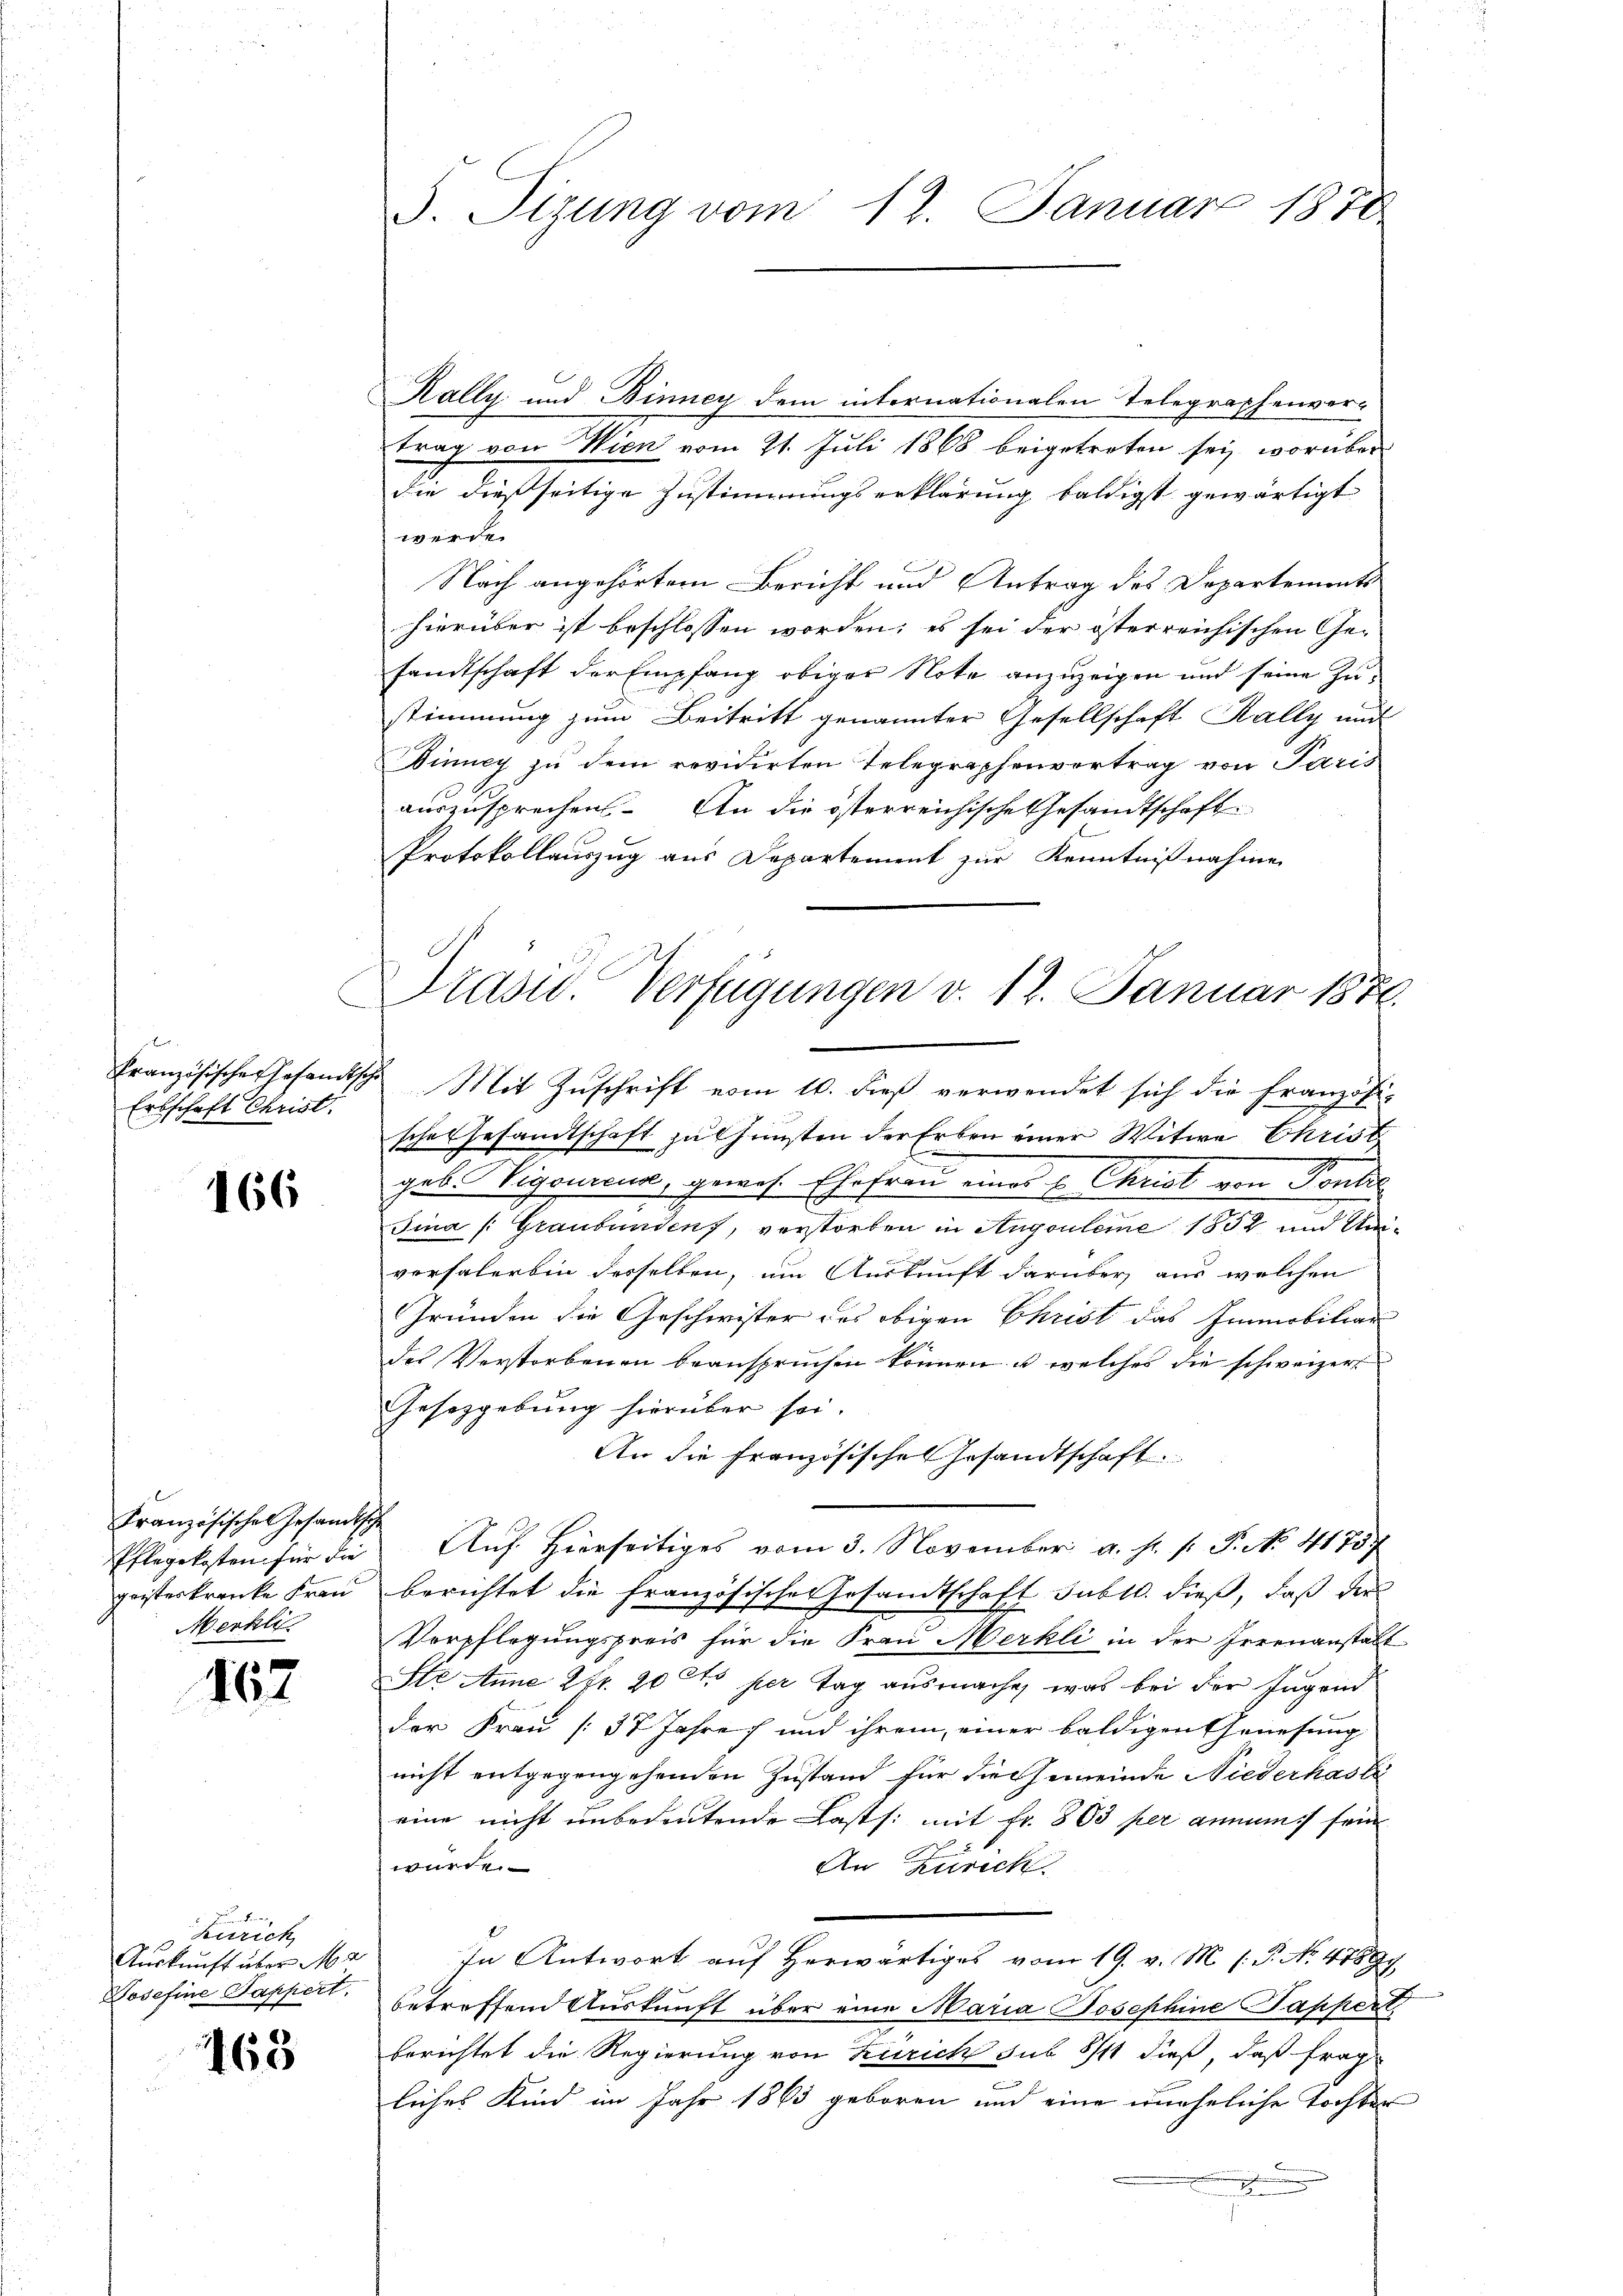
Französische Gesandtsch
Erbschaft Christ.

166

Französischen Gesandtsche
Pflegekosten für die
geisterkranke Frau
Merkli

167

Zürich
Auskunft über Ma
Josefine Pappert.

e
160

Kally und Binney dem internationalen Telegraphenver-
trag von Wien vom 21. Juli 1868 beigetreten sei, worüber
die dießseitige Zustimmungserklärung baldigst gewärtigt
werde.
Nach angehörtem Bericht und Antrag des Departements
hierüber ist beschlossen worden; es sei der österreichischen Gesandtschaft der Empfang obiger Note anzuzeigen und seine Zustimmung zum Beitritt genannter Gesellschaft Kally und
Dinney zu dem revidirten Telegraphenvertrag von Paris
auszusprechen. An die österreichische Gesandtschaft
Protokollauszug aus Departement zur Kenntnißnahme
rasw. Verfügungen v. 12. Januar 1871.

S. Tizung vom 12. Januar 1870

Mit Zuschrift vom 10. dieß verwendet sich die Französi-

schen Gesandtschaft zu Gunsten der Erben einer Witwe Christ
geb. Vigoureur, gewes. Ehefrau eines E. Christ von Pontol
.
Jina (Graubünden, verstorben in Augouleme 1832 und Umversalerbin desselben, um Auskunft darüber aus welchen
Gründen die Geschwister des obigen Christ das Immobiliar
des Verstorbenen beanspruchen können u. welches die schweizer
Gesetzgebung hierüber sei.
An die Französisches Gesandtschaft.
Auf Hierseitiges vom 3. November a. s. f. P. No. 41757
berichtet die französisches Gesamtschaft subll. dieß, daß die
Verpflegungspreis für die Frau Merkli in der Irrenanstalt
Ste Anne 2fr. 20 Cts per Tag ausmache, was bei der Jugend
der Frau (37 Jahre und ihrem, einer baldigen Genesung
nicht entgegengehenden Zustand für die Gemeinde Niederhasle
eine nicht unbedeutende Lasts: mit Fr. 803 per annum sein
würde.
An Zürich.
In Antwort auf herwärtiges vom 19. v. M. (: P. No. 41897
betreffend Auskunft über eine Maria Josephine Pappert
berichtet die Regierung von Zürich sub 8/11 dieß, daß frag
liches Kind im Jahr 1863 geboren und eine uneheliche Tochter
.